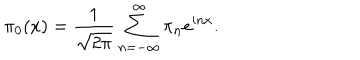
\pi _ { 0 } ( x ) = { \frac { 1 } { \sqrt { 2 \pi } } } \sum _ { n = - \infty } ^ { \infty } \pi _ { n } e ^ { i n x } .